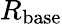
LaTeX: R_{\mathrm{base}}